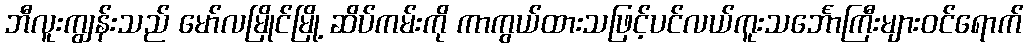
ဘီလူးကျွန်းသည် မော်လမြိုင်မြို့ ဆိပ်ကမ်းကို ကာကွယ်ထားသဖြင့်ပင်လယ်ကူးသင်္ဘောကြီးများဝင်ရောက်